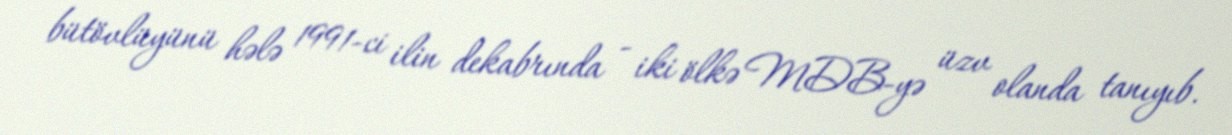
bütövlüyünü hələ 1991-ci ilin dekabrında - iki ölkə MDB-yə üzv olanda tanıyıb.